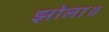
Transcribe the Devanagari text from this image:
झोला॥